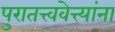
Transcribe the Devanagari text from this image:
पुरातत्त्ववेत्त्यांना